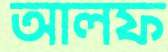
আলফ